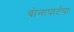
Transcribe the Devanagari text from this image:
बोनापार्टचा